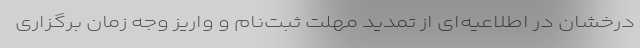
درخشان در اطلاعیه‌ای از تمدید مهلت ثبت‌نام و واریز وجه زمان برگزاری